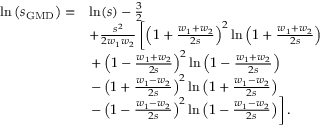
\begin{array} { r l } { \ln \left( s _ { \mathrm { G M D } } \right) = } & { \ln ( s ) - \frac { 3 } { 2 } } \\ & { + \frac { s ^ { 2 } } { 2 w _ { 1 } w _ { 2 } } \left[ \left( 1 + \frac { w _ { 1 } + w _ { 2 } } { 2 s } \right) ^ { 2 } \ln \left( 1 + \frac { w _ { 1 } + w _ { 2 } } { 2 s } \right) \right. } \\ & { \left. + \left( 1 - \frac { w _ { 1 } + w _ { 2 } } { 2 s } \right) ^ { 2 } \ln \left( 1 - \frac { w _ { 1 } + w _ { 2 } } { 2 s } \right) \right. } \\ & { \left. - \left( 1 + \frac { w _ { 1 } - w _ { 2 } } { 2 s } \right) ^ { 2 } \ln \left( 1 + \frac { w _ { 1 } - w _ { 2 } } { 2 s } \right) \right. } \\ & { \left. - \left( 1 - \frac { w _ { 1 } - w _ { 2 } } { 2 s } \right) ^ { 2 } \ln \left( 1 - \frac { w _ { 1 } - w _ { 2 } } { 2 s } \right) \right] . } \end{array}